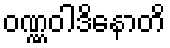
ဝဏ္ဏဝါဒိနောတိ